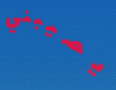
يصيبني